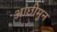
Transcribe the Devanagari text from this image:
आछीमुन